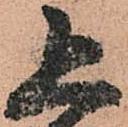
追